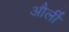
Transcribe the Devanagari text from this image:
और्ली